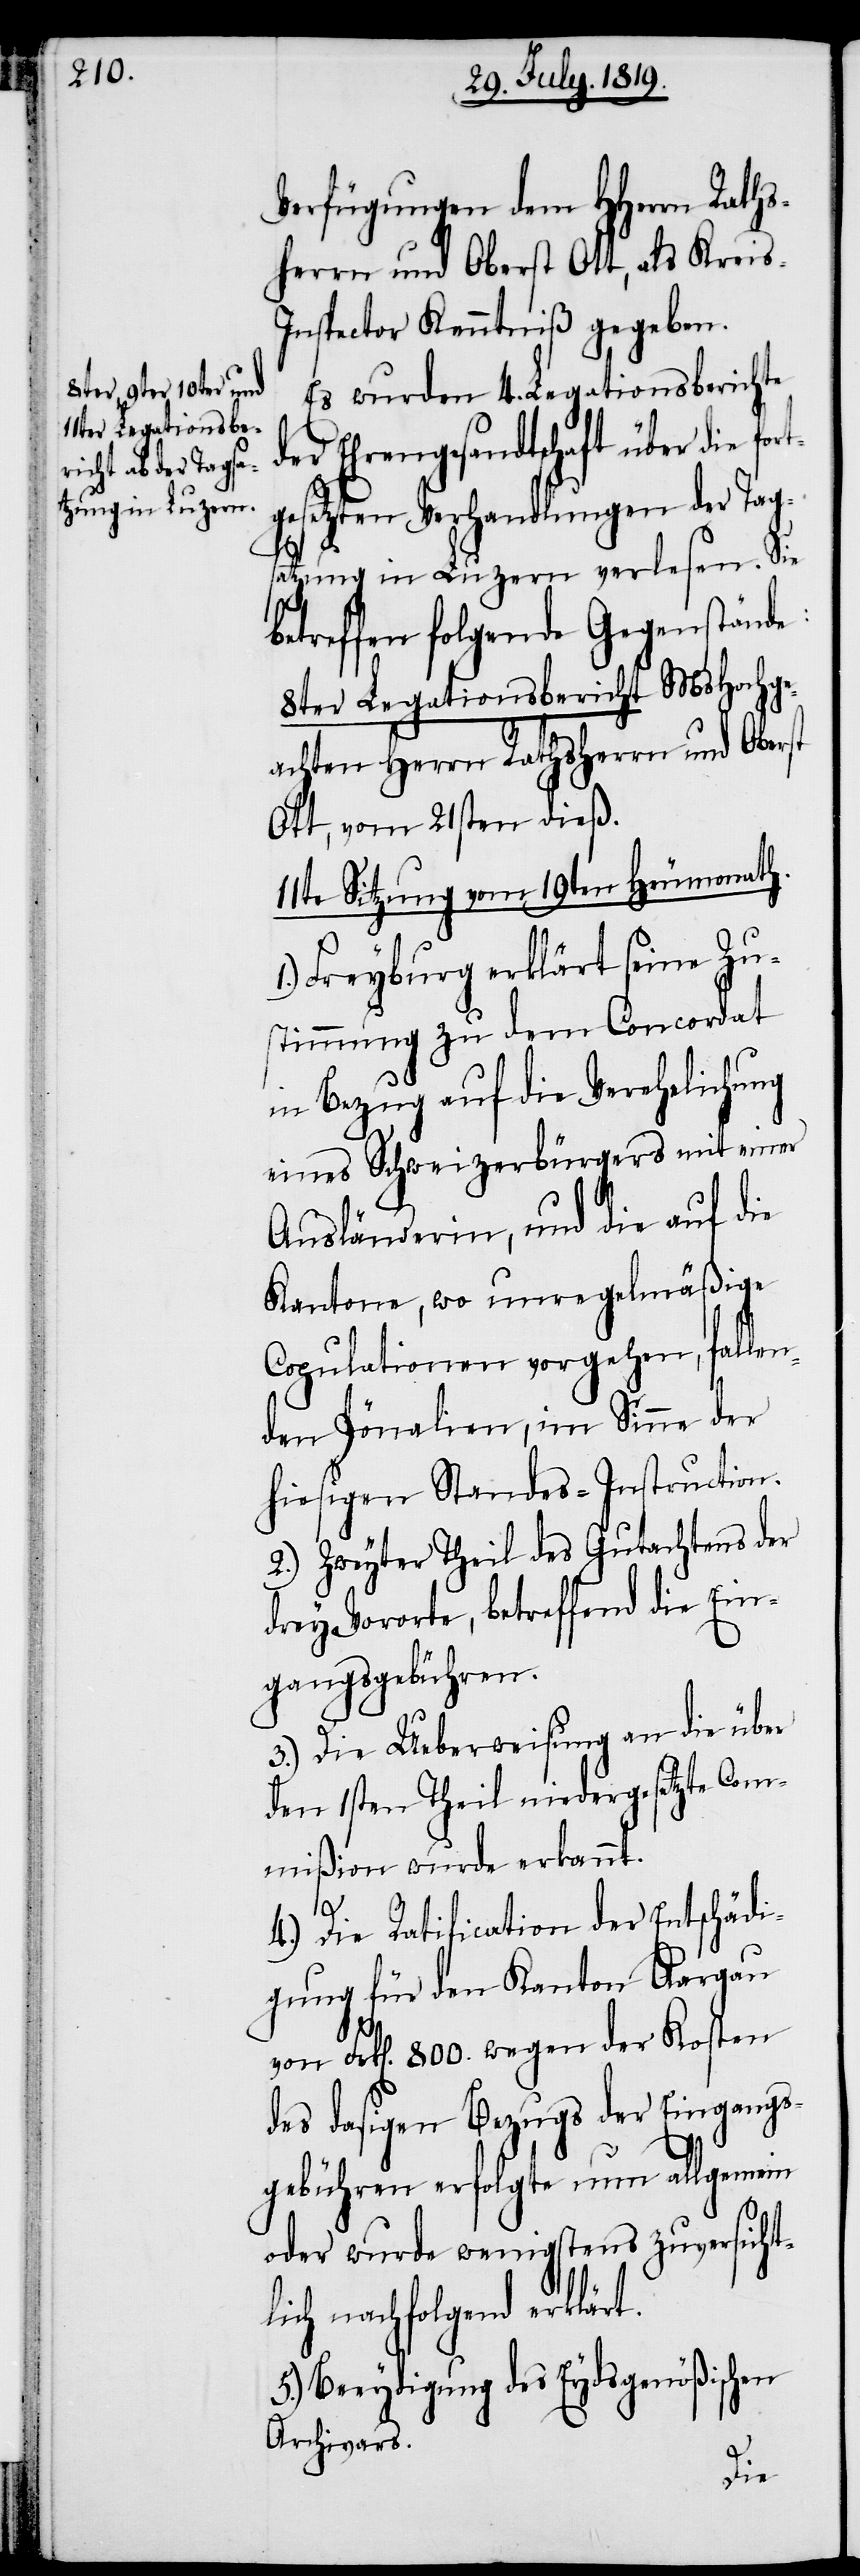
Verfügungen dem HHerrn Raths¬
herrn und Oberst Ott, als Kreis-I¬
nspector Kenntniß gegeben.
Es wurden 4. Legationsberichte
der Ehrengesandtschaft über die for¬
tgesetzten Verhandlungen der Tag¬
satzung in Luzern verlesen. Sie
betreffen folgende Gegenstände:
8ter Legationsbericht MsHochge¬
achten Herrn Rathsherrn und Oberst
Ott, vom 21sten dieß.
11te Sitzung vom 19ten Heumonath.
Freyburg erklärt seine Zu¬
stimmung zu dem Concordat
in Bezug auf die Verehelichung
eines Schweizerbürgers mit einer
Ausländerin, und die auf die
Kantone, wo unregelmäßige
Copulationen vorgehen, fallen¬
den Pönalien, im Sinne der
hiesigen Standes-Instruction.
2.) Zweyter Theil des Gutachtens der
drey Vororte, betreffend die Ein¬
gangsgebühren.
3.) Die Ueberweisung an die über
den 1sten Theil niedergesetzte Com¬
mißion wurde erkannt.
4.) Die Ratification der Entschädi¬
gung für den Kanton Aargau
Frk[en]. 800. wegen der Kosten
des dasigen Bezugs der Eingangs¬
gebühren erfolgte nun allgemein
oder wurde wenigstens zuversicht¬
lich nachfolgend erklärt.
5.) Beeydigung des Eydsgenößischen
Archivars.